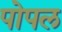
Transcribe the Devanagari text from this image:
पोपल